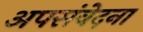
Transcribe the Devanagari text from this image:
अपसंवेदना